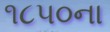
૧૮૫૦ના